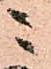
ニ